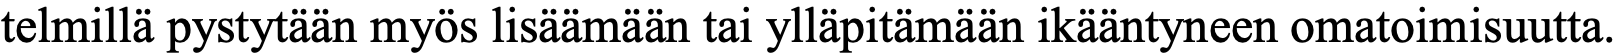
telmillä pystytään myös lisäämään tai ylläpitämään ikääntyneen omatoimisuutta.